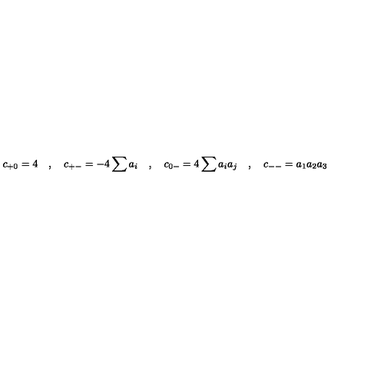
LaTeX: c _ { + 0 } = 4 \quad , \quad c _ { + - } = - 4 \sum a _ { i } \quad , \quad c _ { 0 - } = 4 \sum a _ { i } a _ { j } \quad , \quad c _ { -- } = a _ { 1 } a _ { 2 } a _ { 3 }